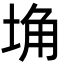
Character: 埆